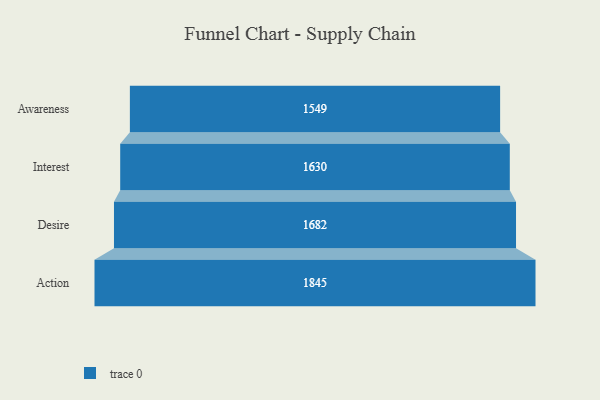
{"axis": {"x": "Stage", "y": "Value"}, "legend": [""], "data": [{"x": "Awareness", "y": 1549.0, "type": ""}, {"x": "Interest", "y": 1630.0, "type": ""}, {"x": "Desire", "y": 1682.0, "type": ""}, {"x": "Action", "y": 1845.0, "type": ""}]}